Lunatic asylums in Bengal annual reports 1899-1911 - 1899-1911
Year: 1899
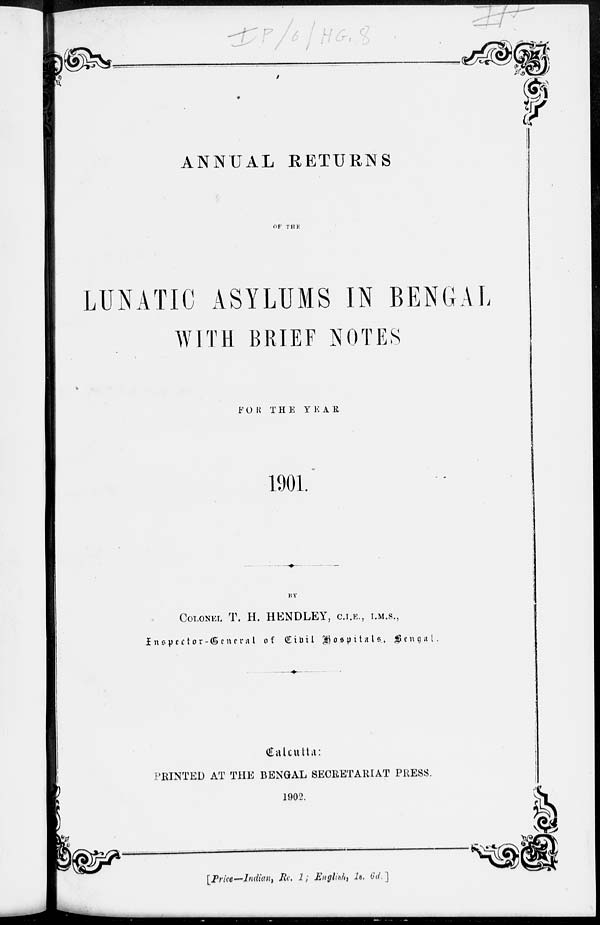
ANNUAL RETURNS
OF THE
LUNATIC ASYLUMS IN BENGAL
WITH BRIEF NOTES
FOR THE YEAR
1901.
BY
COLONEL T. H. HENDLEY, C.I.E., I.M.S.,
Inspcrtor-General of Civil Hospitals , Bengal.
Calcutta:
PRINTED AT THE BENGAL SECRETARIAT PRESS.
1902.
[Price—Indian, Re. 1; English, 18. 6d ]